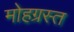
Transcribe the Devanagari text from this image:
मोहग्रस्त